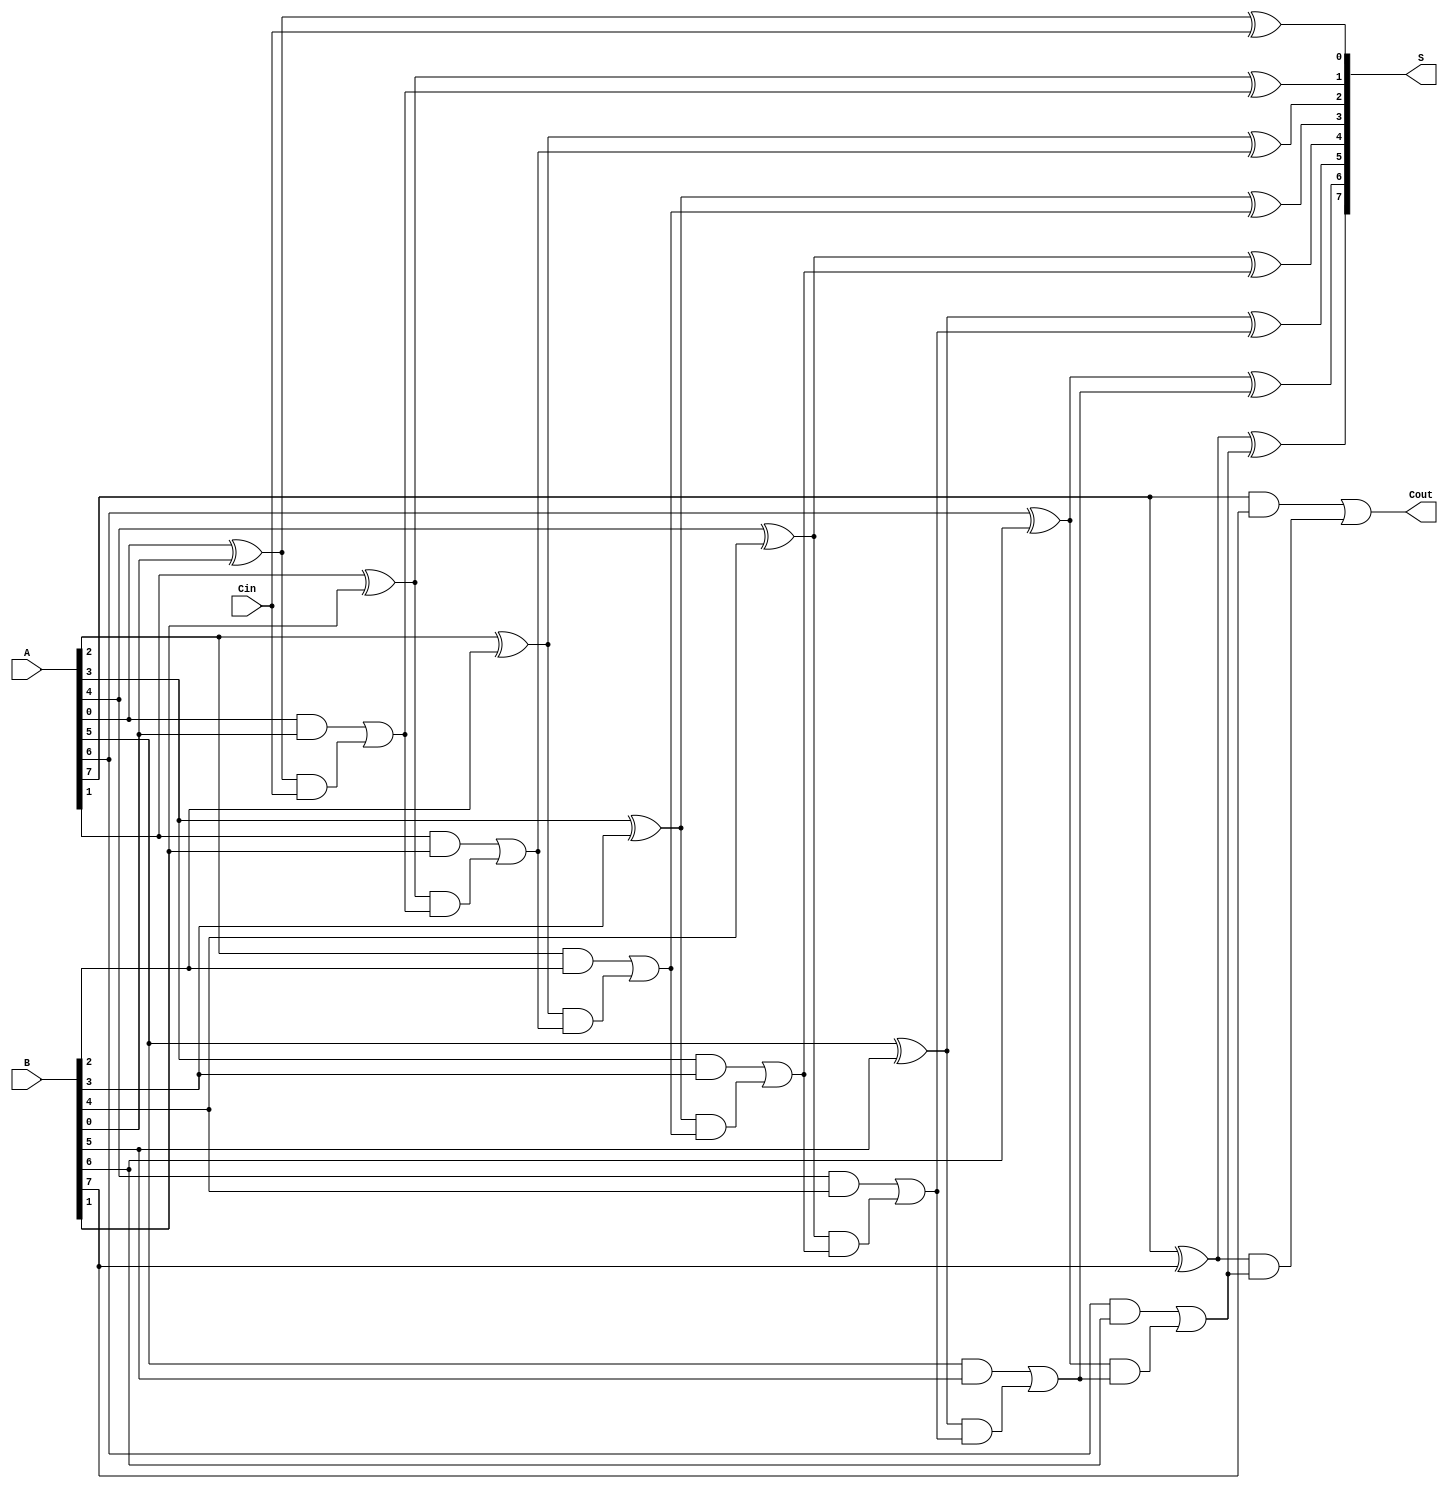
module ManchesterCarryChainAdder #(parameter N = 8) (
    input  wire [N-1:0] A,      // First n-bit input
    input  wire [N-1:0] B,      // Second n-bit input
    input  wire Cin,             // Carry-in
    output wire [N-1:0] S,       // n-bit sum output
    output wire Cout             // Carry-out
);

    wire [N:0] C; // Carry signals, C[0] is the initial carry-in

    // Assign the initial carry-in
    assign C[0] = Cin;

    // Full adder logic for each bit
    genvar i;
    generate
        for (i = 0; i < N; i = i + 1) begin : full_adder
            // Sum calculation
            assign S[i] = A[i] ^ B[i] ^ C[i];

            // Carry generation
            assign C[i + 1] = (A[i] & B[i]) | ((A[i] ^ B[i]) & C[i]);
        end
    endgenerate

    // Final carry-out
    assign Cout = C[N];

endmodule